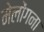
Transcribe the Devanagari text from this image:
मेलोंगना